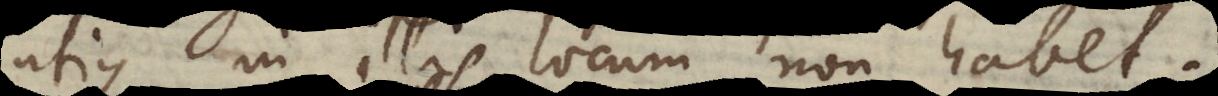
utique in illis locum non habet